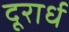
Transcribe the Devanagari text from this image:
दूरार्ध